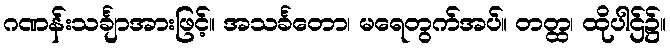
ဂဏန်းသင်္ချာအားဖြင့်။ အသင်္ခတော၊ မရေတွက်အပ်။ တတ္ထ၊ ထိုပါဌ်၌။